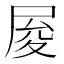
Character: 𡱥